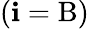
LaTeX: (\mathbf{i}=\mathrm{{B}})